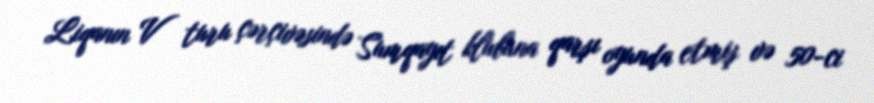
Liqanın V turu çərçivəsində Sumqayıt klubuna qarşı oyunda etmiş və 50-ci